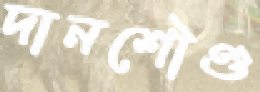
দানশৌণ্ড